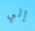
إلي